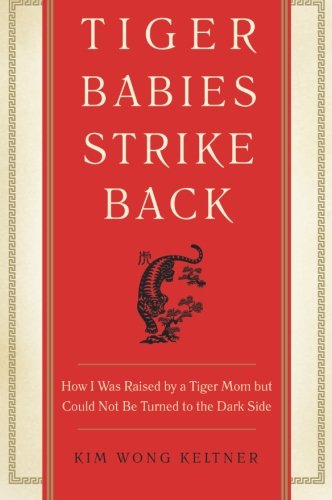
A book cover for Tiger Babies Strike Back: How I Was Raised by a Tiger Mom but Could Not Be Turned to the Dark Side; Kim Wong Keltner; Biographies & Memoirs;